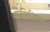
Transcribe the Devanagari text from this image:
कोशिकिया